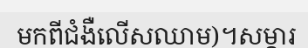
មកពីជំងឺលើសឈាម)។សម្ភារ